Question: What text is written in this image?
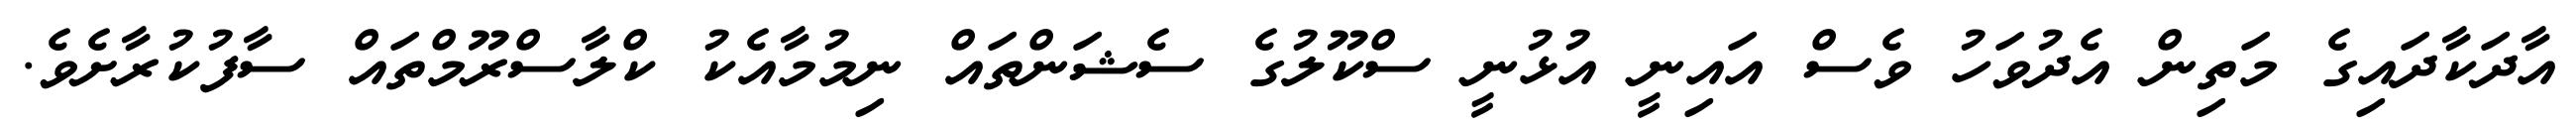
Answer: އާދަކާދައިގެ މަތިން އެދުވަހު ވެސް އައިނީ އުޅުނީ ސްކޫލުގެ ސެޝަންތައް ނިމުމާއެކު ކްލާސްރޫމްތައް ސާފުކުރާށެވެ.